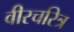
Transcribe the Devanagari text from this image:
वीरचरित्र